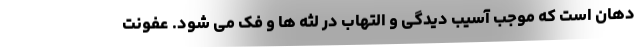
دهان است که موجب آسیب دیدگی و التهاب در لثه ها و فک می شود. عفونت